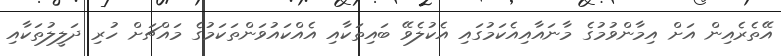
އޭތެރެއިން އަށް އިމާންވުމުގެ މާނައާއިއެކަމުގައި އެކުލެވޭ ބައިތަކާއި އެއްކައުވަންތަކަމުގެ މައްޗަށް ހުރި ދަލީލުތަކާއި